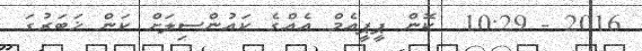
2016 - 10:29  ކޮން ޕީޕީއެމް އެއްގެ ކައުންސިލަށް ކަން ޚަބަރުގަ